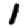
Digit: 1